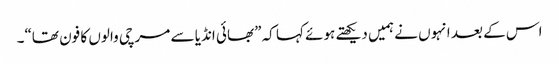
اس کے بعد انہوں نے ہمیں دیکھتے ہوئے کہا کہ ”بھائی انڈیا سے مرچی والوں کا فون تھا“۔